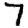
Digit: 7